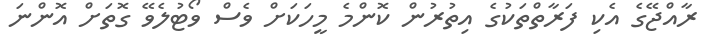
ރާއްޖޭގެ އެކި ފަރާތްތަކުގެ އިތުރުން ކޮންމެ މީހަކަށް ވެސް ވޯޓުލެވޭ ގޮތަށް އޮންނަ